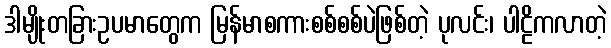
ဒါမျိုးတခြားဥပမာတွေက မြန်မာစကားစစ်စစ်ပဲဖြစ်တဲ့ ပုလင်း၊ ပါဠိကလာတဲ့